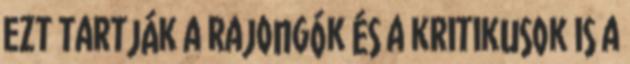
ezt tartják a rajongók és a kritikusok is a